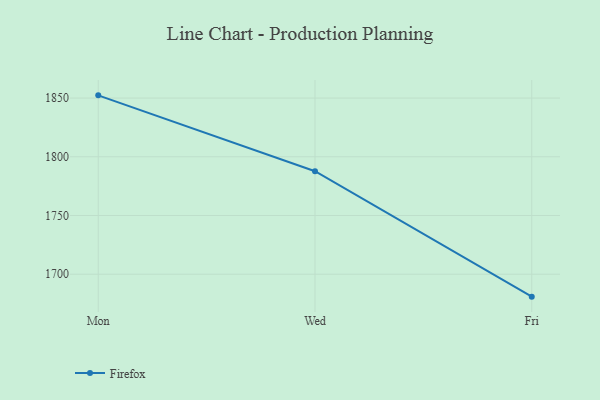
{"axis": {"x": "Day", "y": "Humidity (%)"}, "legend": ["Firefox"], "data": [{"x": "Mon", "y": 1852.3, "type": "Firefox"}, {"x": "Wed", "y": 1787.7, "type": "Firefox"}, {"x": "Fri", "y": 1680.9, "type": "Firefox"}]}